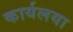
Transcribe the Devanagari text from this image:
कार्यलया